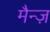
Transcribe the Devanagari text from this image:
मैन्ज़